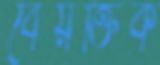
বৈয়ক্তিক